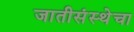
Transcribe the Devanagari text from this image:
जातीसंस्थेचा